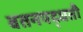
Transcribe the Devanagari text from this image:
वतनपद्धती